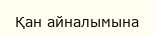
Қан айналымына